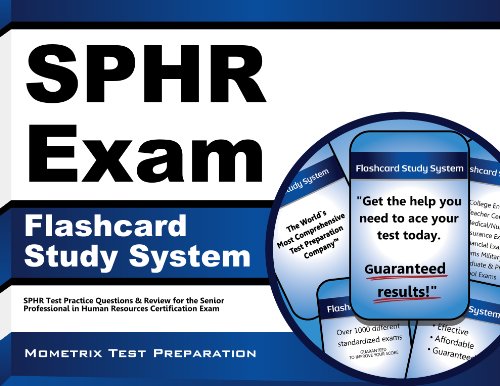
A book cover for SPHR Exam Flashcard Study System: SPHR Test Practice Questions & Review for the Senior Professional in Human Resources Certification Exam (Cards); SPHR Exam Secrets Test Prep Team; Test Preparation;